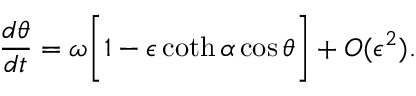
\frac { d \theta } { d t } = \omega \bigg [ 1 - \epsilon \coth \alpha \cos \theta \bigg ] + O ( \epsilon ^ { 2 } ) .